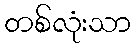
တစ်လုံးသာ